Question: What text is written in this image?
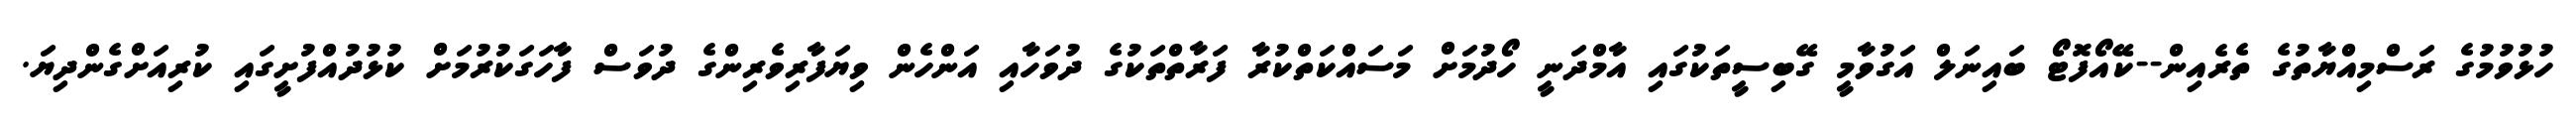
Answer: ހުޅުވުމުގެ ރަސްމިއްޔާތުގެ ތެރެއިން--ކޭއޯފޮޓޯ ބައިނަލް އަގުވާމީ ގޭބިސީތަކުގައި އާމްދަނީ ހޯދުމަށް މަސައްކަތްކުރާ ފަރާތްތަކުގެ ދުވަހާއި އަންހެން ވިޔަފާރިވެރިންގެ ދުވަސް ފާހަގަކުރުމަށް ކުޅުދުއްފުށީގައި ކުރިއަށްގެންދިޔަ.